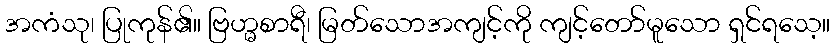
အကံသု၊ ပြုကုန်၏။ ဗြဟ္မစာရီ၊ မြတ်သောအကျင့်ကို ကျင့်တော်မူသော ရှင်ရသေ့။